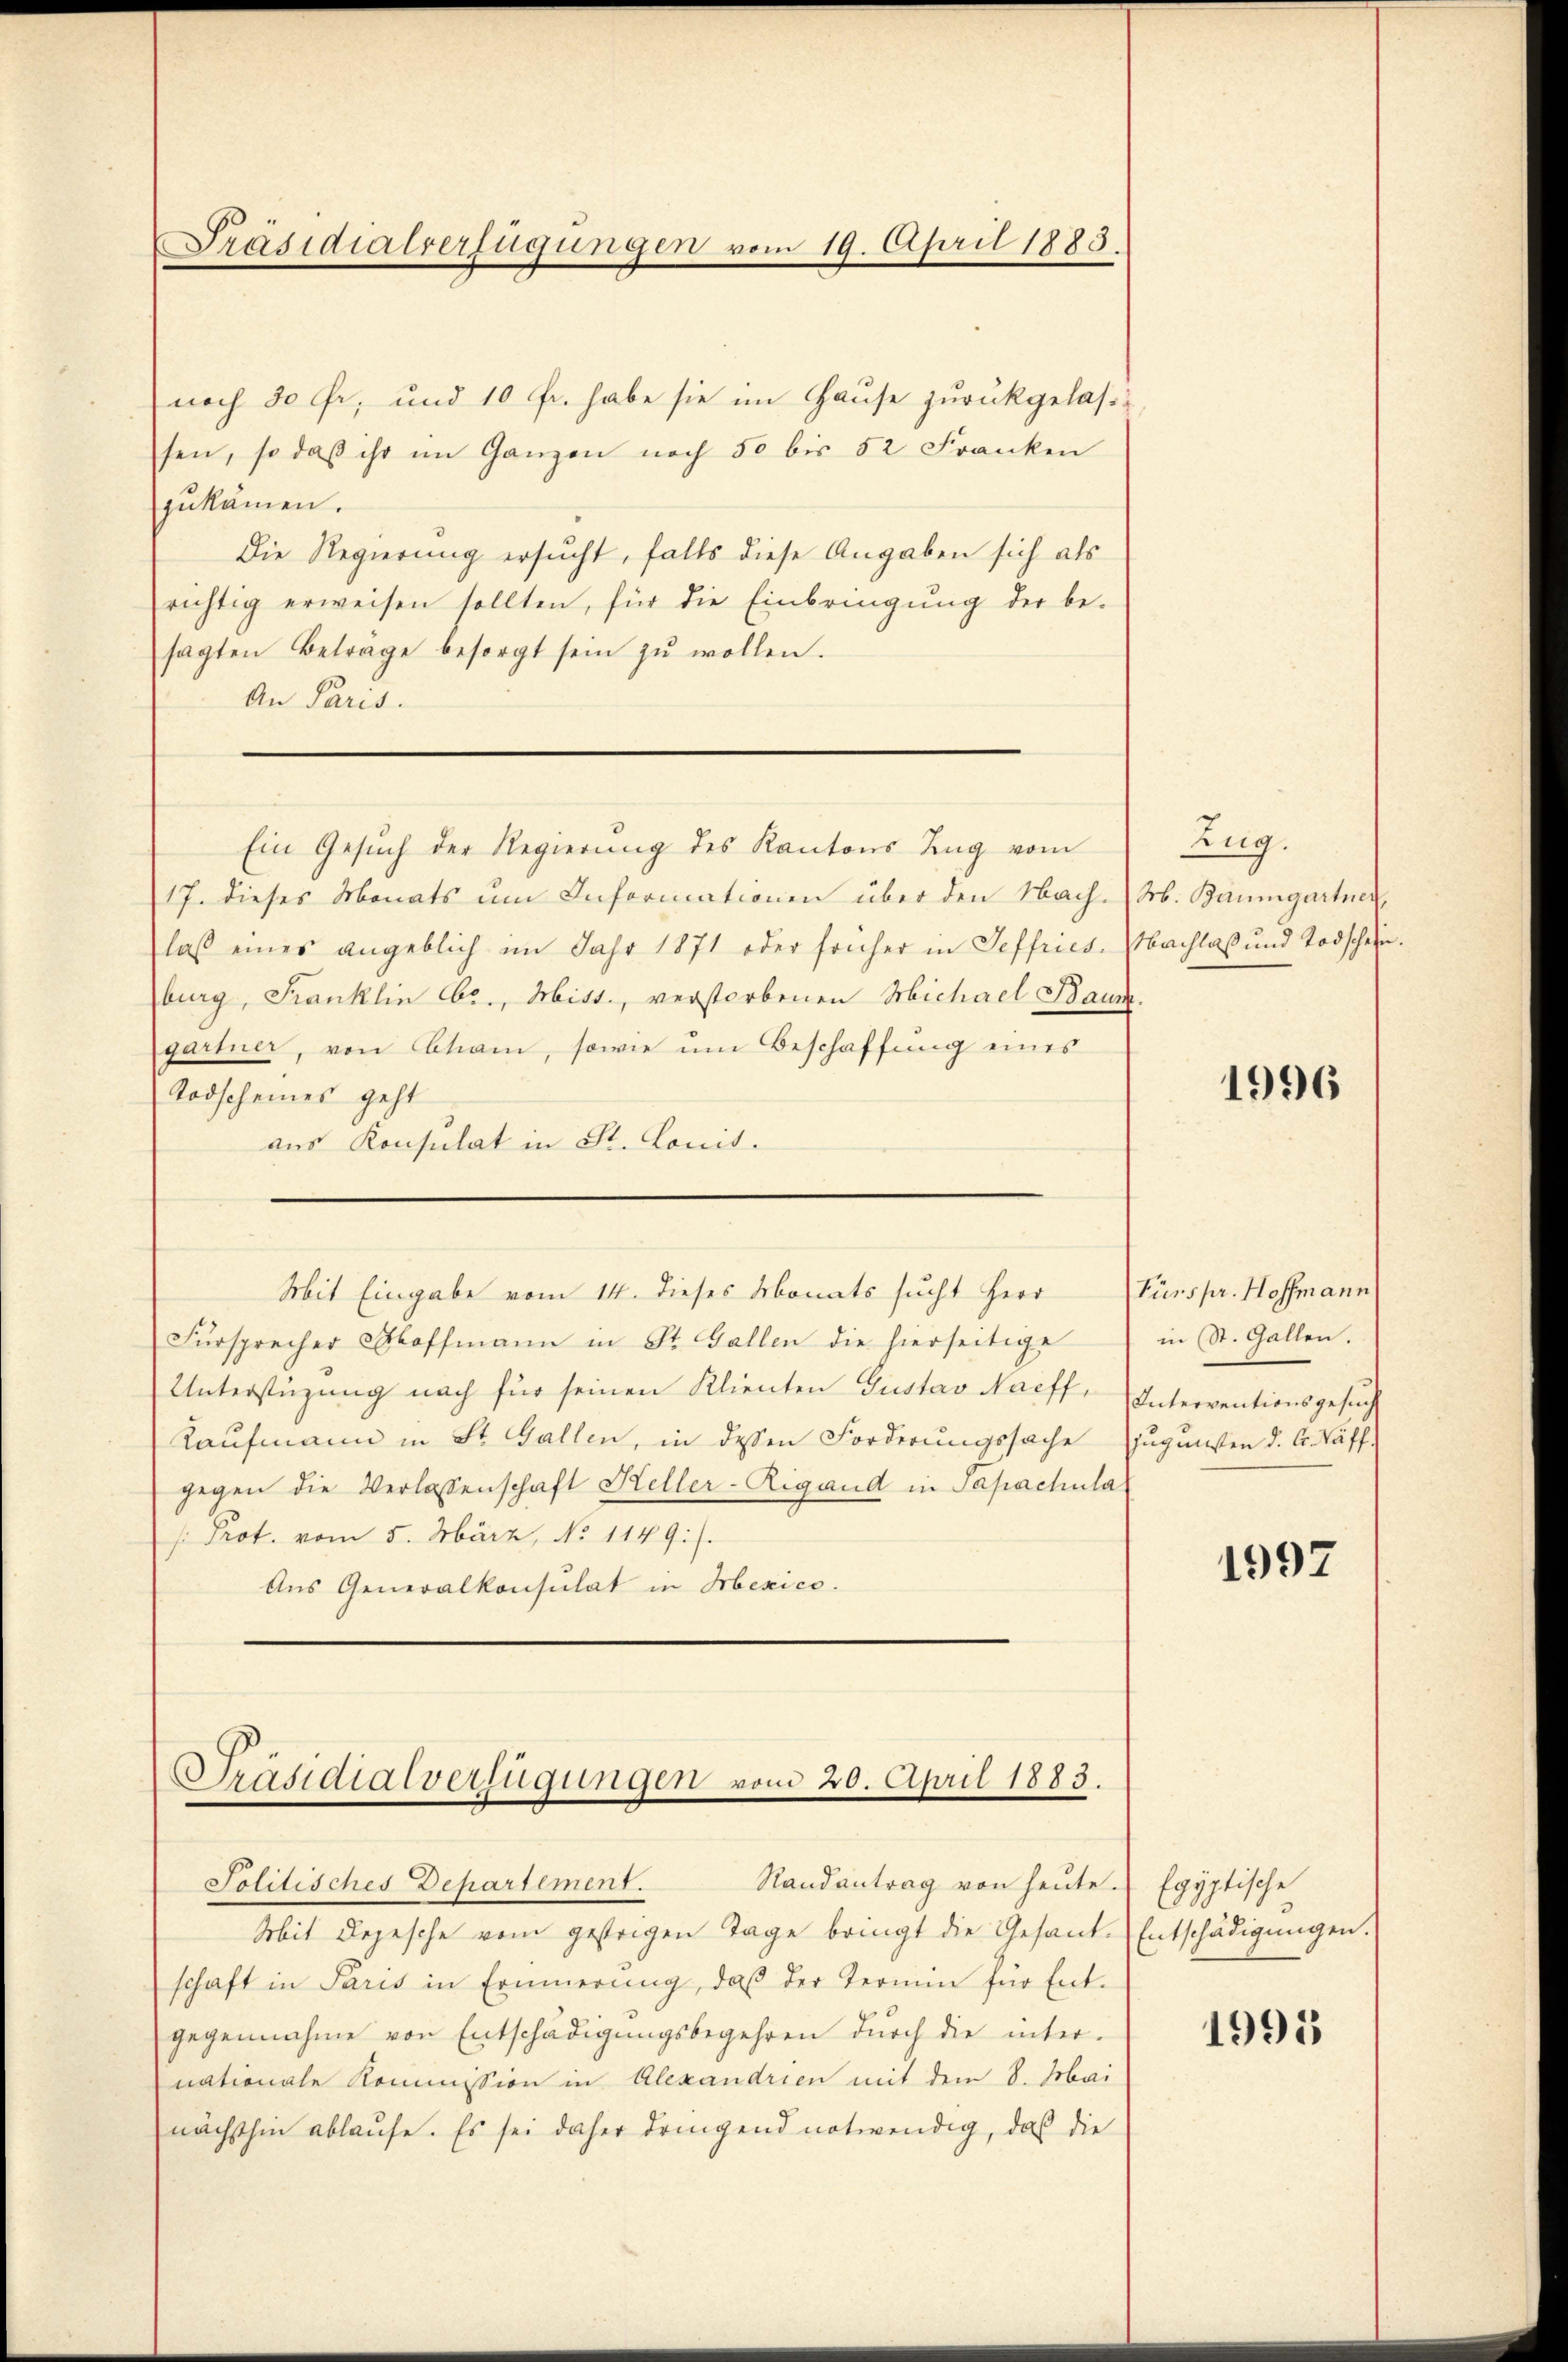
Präsidialverfügungen vom 19. April 1883.

noch 30 Fr. und 10 Fr. habe sie im Hause zurückgelassen, so daβ ihr im Ganzen noch 50 bis 52 Franken
zukämen.
Die Regierung ersucht, falls diese Angaben sich als
richtig erweisen sollten, für die Einbringung der be-
sagten Beträge besorgt sein zŭ wollen.
An Paris.
Ein Gesŭch der Regierung des Kantons Zug vom
17. dieses Monats um Informationen über den Nach-
laß eines angeblich im Jahr 1871 oder früher in Seffries. Nachlaß und Todschein.
burg, Franklin Ebr., Mist., verstorbenen Michael Baum
gartner, von Cham, sowie um Beschaffung eines
Todscheines geht
aus Konsulat in St. Louis.
Mit Eingabe vom 14. dieses Monats sucht Herr
Fürsprecher Stoffmann in St. Gallen die hierseitige
Unterstüzung nach für seinen Klienten Gustav Naeff. Interventionsgesŭch
Kaufmann in St. Gallen, in dessen Forderungssache zugunsten d. G. Saff-
gegen die Verlassenschaft Heller-Rigand in Sapachula
 Prot. vom 5. März, No 1149.).
Aus Generalkonsulat in Mexico.

Präsidialverfügungen vom 20. April 1883.
Randantrag von heute.
Politisches Departement.

Mit Depesche vom gestrigen Tage bringt die Gesand-Entschädigungen.
schaft in Paris in Erinnerung, daß der Termin für Ent-
gegennahme von Entschädigŭngsbegehren dŭrch die inter-
nationale Kommission in Alexandrien mit dem 8. Mai
nächsthin ablaufe. Es sei daher dringend notwendig, daß die

Zug.
M. Baumgartner,

1996

Fürspr. Hoffmann
in (St. Gallen.

1997

Egyptische

1995